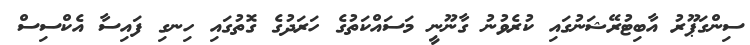
ސިންގަޕޫރު އާބިޓުރޭޝަނުގައި ކުރެވުނު ގާނޫނީ މަސައްކަތުގެ ހަރަދުގެ ގޮތުގައި ހިނގި ފައިސާ އެކްސިސް